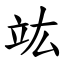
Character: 竑